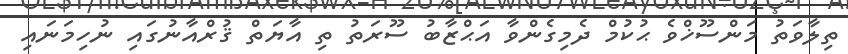
ތިލާވަތު މަންސޫޚްވެ ޙުކުމް ދެމިގެންވާ އަޙްޒާބު ސޫރަތު ތި އާޔަތް ޤުރްއާނުގައި ނުހިމަނައި